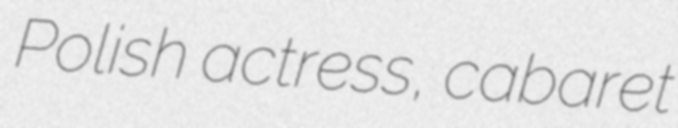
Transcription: Polish actress, cabaret